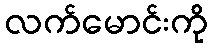
လက်မောင်းကို